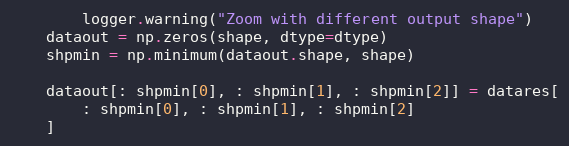
Language: Python
        logger.warning("Zoom with different output shape")
    dataout = np.zeros(shape, dtype=dtype)
    shpmin = np.minimum(dataout.shape, shape)

    dataout[: shpmin[0], : shpmin[1], : shpmin[2]] = datares[
        : shpmin[0], : shpmin[1], : shpmin[2]
    ]